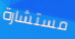
مستشارة